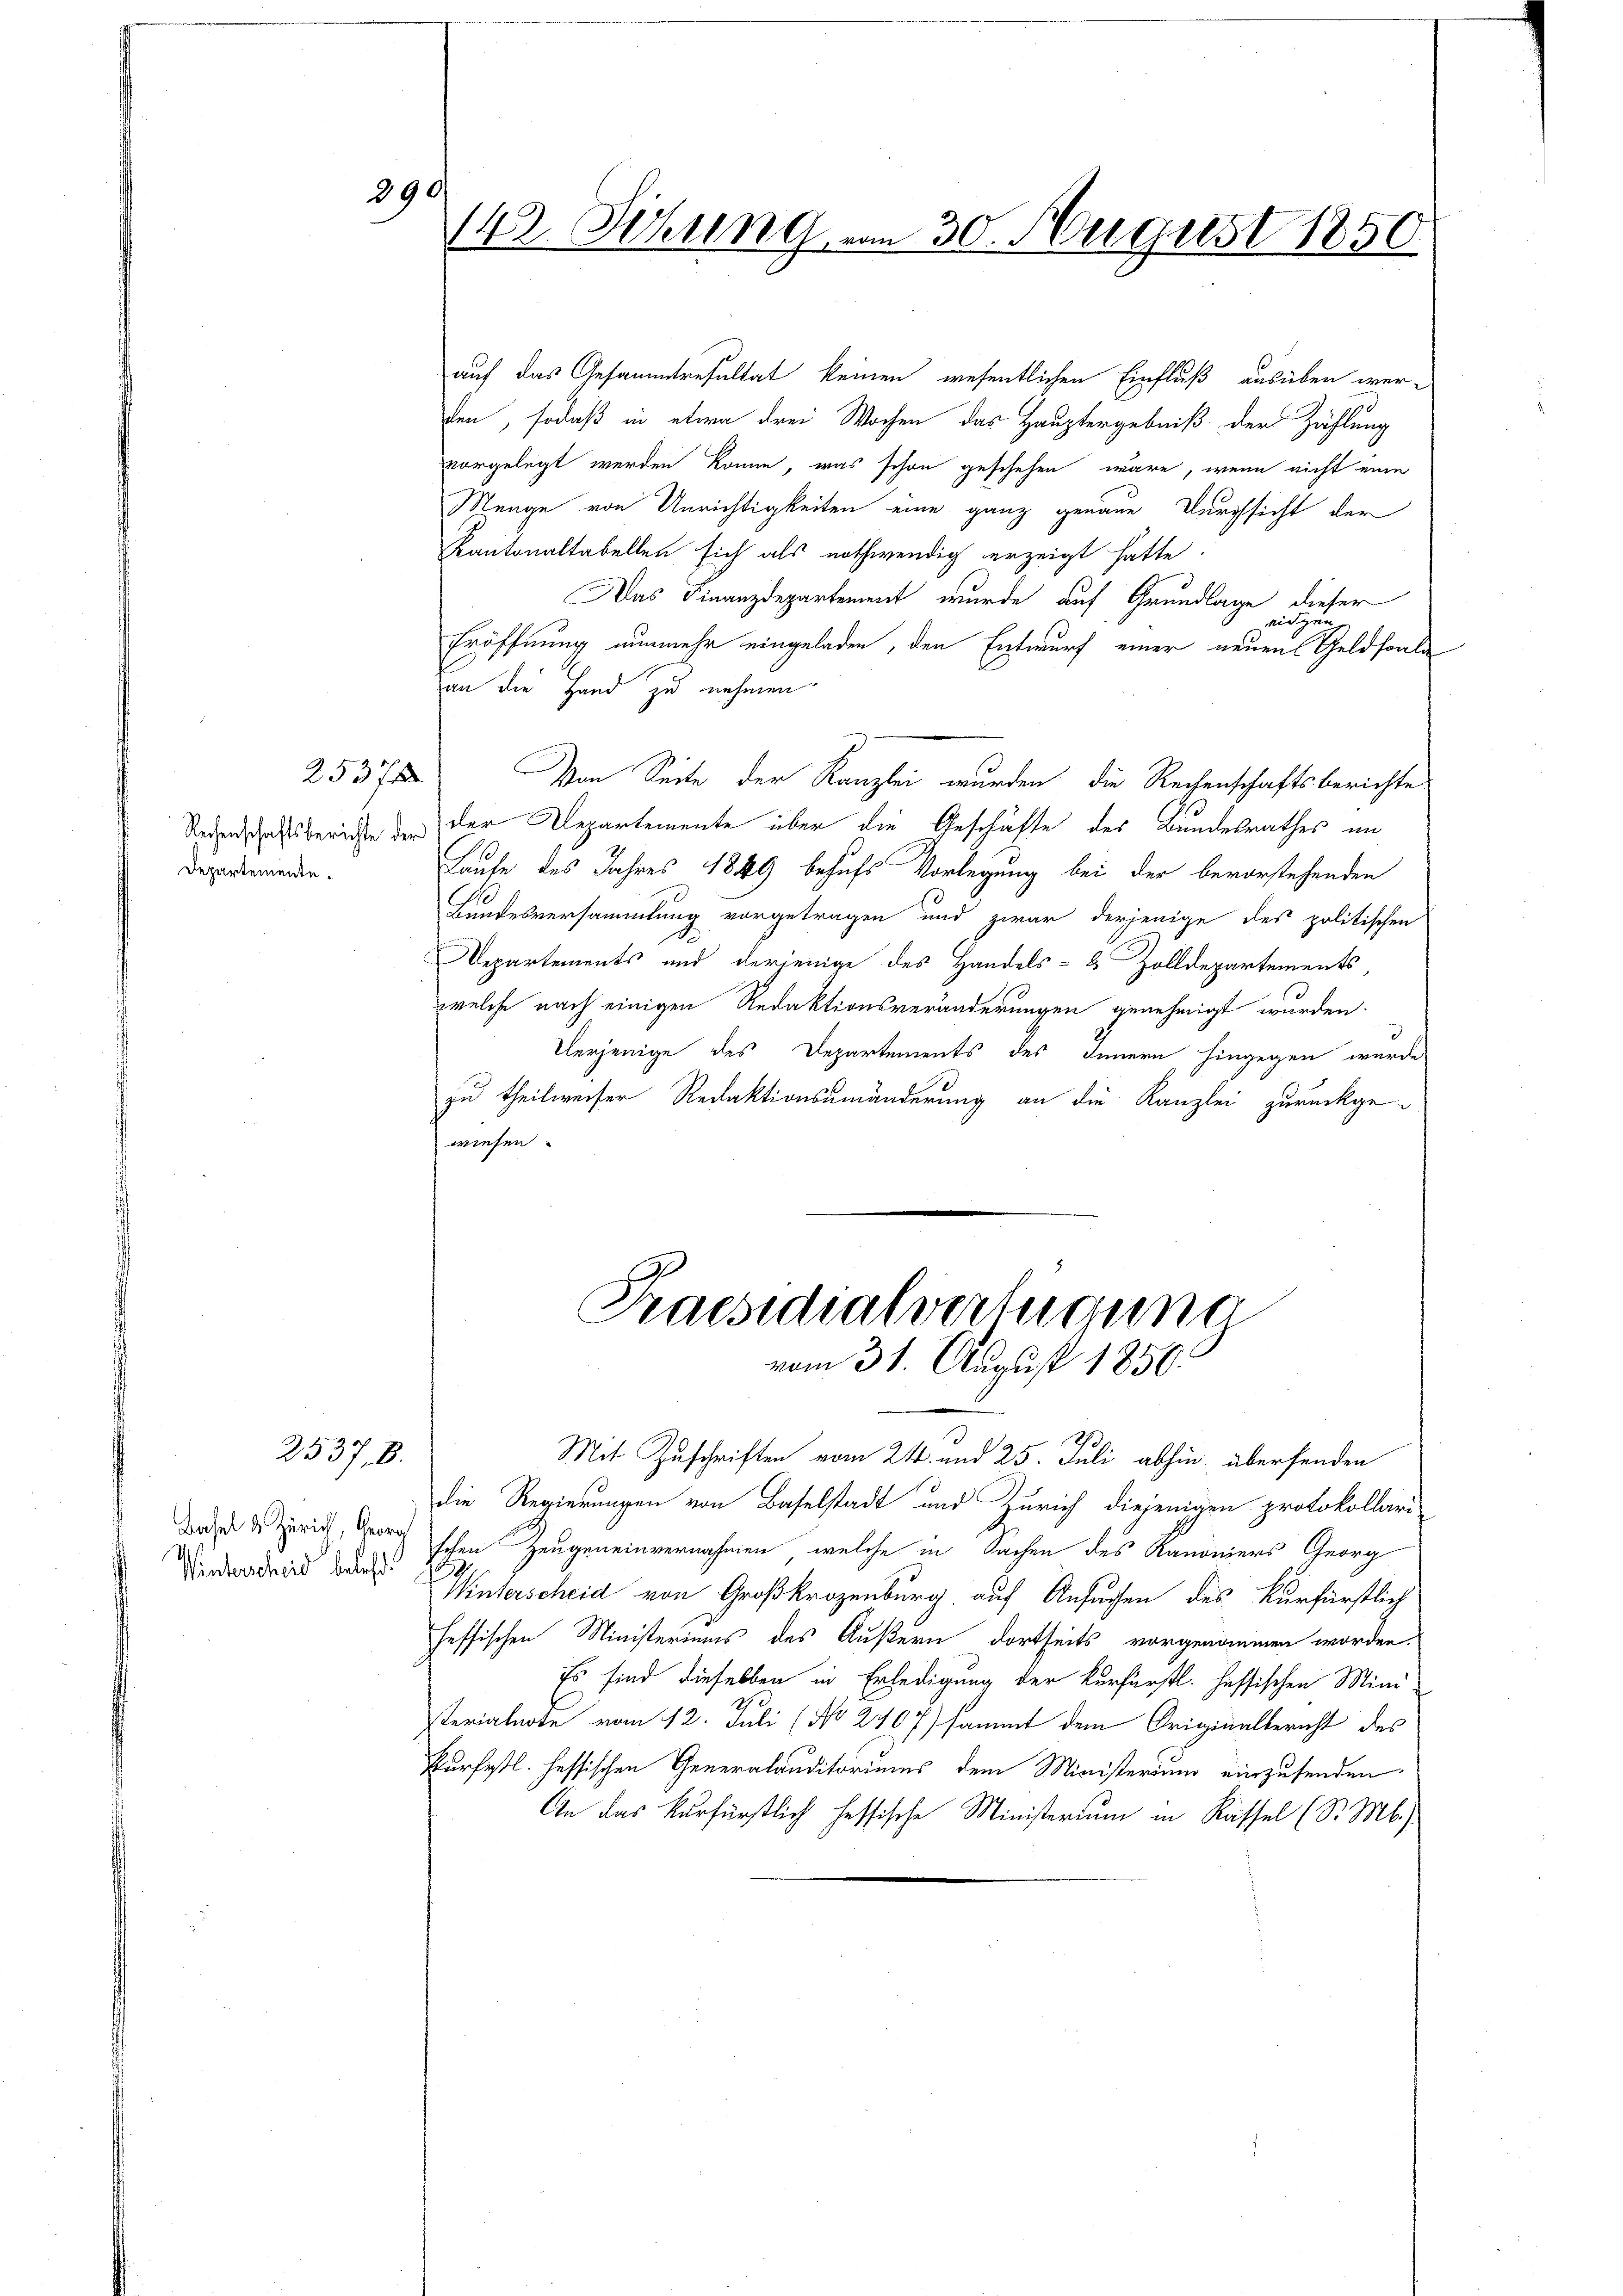
290

2537
Departemente.

2537, 8.

Winterscheid beleh

142. Setzung vom 30. August 1850.

auf das Gesammtresultat keinen wesentlichen Einfluß ausüben werten, sodaß in etwa drei Wochen das Hauptergebniß der Zählung
vorgelegt werden könne, was schon geschehen wäre, wenn nicht eine
Menge von Unrichtigkeiten eine ganz genaue Durchsicht der
Kantonaltabellen sich als nothwendig erzeigt hatte.
Das Finanzdepartement wurde auf Grundlage dieser
ridgen.
Eröffnung nunmehr eingeladen, den Entwurf einer neuen Geldsaale
an die Hand zu nehmen.
Von Seite der Kanzlei wurden, die Rechenschaftsberichte
Redenschaftsberichte der der Departemente über die Geschäfte des Bundesrathes im
1
Taufe des Jahres 1849 behufs Vorlegung bei der bevorstehenden
Bundesversammlung vorgetragen und zwar derjenige des politischen
Departements und derjenige des Handels- & Zolldepartements,
welche nach einigen Redaktionsveränderungen genehmigt wurden.
Verjenige des Departements des Innern hingegen wurde
zu theilweiser Redaktionsumänderung an die Kanzlei zurückgewiesen.

Praesidialverfügung
vom 31. August 1850.

Mit Zuschriften vom 24. und 25. Juli abhin überfenden
die Regierungen von Baselstadt und Zürich diejenigen protokollari-
d rich, darschen Zeugeneinvernahmen, welche in Sachen des Kanoniers Georg
Winterscheid von Großkrozenburg, auf Ansuchen des Kurfürstlich
feffischen Ministeriums des Äußern dortseits vorgenommen worden.
Es sind dieselben in Erledigung der Kurfürstl. Hessischen Miniterialnote vom 12. Juli (No 2407) sammt dem Originalbericht des
kurfestl. Hessischen Generalauditoriums dem Ministerium einzusenden
An das Kurfürstlich hessische Ministerium in Kassel (S. M.)